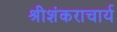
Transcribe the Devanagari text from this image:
श्रीशंकराचार्य